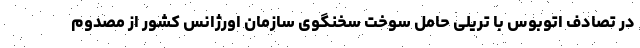
در تصادف اتوبوس با تریلی حامل سوخت سخنگوی سازمان اورژانس کشور از مصدوم